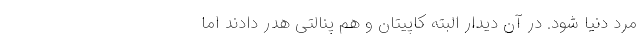
مرد دنیا شود. در آن دیدار البته کاپیتان و هم پنالتی هدر دادند اما